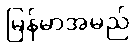
မြန်မာအမည်